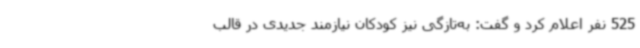
525 نفر اعلام کرد و گفت: به‌تازگی نیز کودکان نیازمند جدیدی در قالب